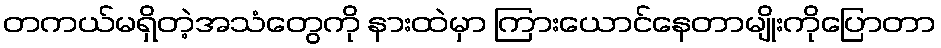
တကယ်မရှိတဲ့အသံတွေကို နားထဲမှာ ကြားယောင်နေတာမျိုးကိုပြောတာ